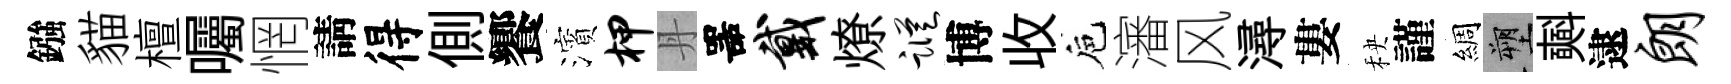
鏹貓檀囑惘請得側饗濱柙丹噐戴燎踪博收巵瀋风潯婁秧謹綢塑𣂏逮朗